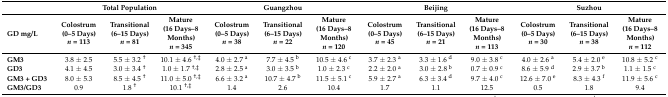
|  | <COLSPAN=3> Total Population | <COLSPAN=3> Guangzhou | <COLSPAN=3> Beijing | <COLSPAN=3> Suzhou |
 | GD mg/L | Colostrum (0–5 Days) n = 113 | Transitional (6–15 Days) n = 81 | Mature (16 Days–8 Months) n = 345 | Colostrum (0–5 Days) n = 38 | Transitional (6–15 Days) n = 22 | Mature (16 Days–8 Months) n = 120 | Colostrum (0–5 Days) n = 45 | Transitional (6–15 Days) n = 21 | Mature (16 Days–8 Months) n = 113 | Colostrum (0–5 Days) n = 30 | Transitional (6–15 Days) n = 38 | Mature (16 Days–8 Months) n = 112 |
 | --- | --- | --- | --- | --- | --- | --- | --- | --- | --- | --- | --- | --- |
 | GM3 | 3.8 ± 2.5 | 5.5 ± 3.2 † | 10.1 ± 4.6 †,‡ | 4.0 ± 2.7 a | 7.7 ± 4.5 b | 10.5 ± 4.6 c | 3.7 ± 2.3 a | 3.3 ± 1.6 d | 9.0 ± 3.8 c | 4.0 ± 2.6 a | 5.4 ± 2.0 e | 10.8 ± 5.2 c |
 | GD3 | 4.1 ± 4.5 | 3.0 ± 3.4 † | 1.0 ± 1.7 †,‡ | 2.8 ± 2.5 a | 3.0 ± 3.5 b | 1.0 ± 2.3 c | 2.2 ± 2.0 a | 3.0 ± 2.8 b | 0.7 ± 0.9 c | 8.6 ± 5.9 d | 2.9 ± 3.7 b | 1.1 ± 1.5 c |
 | GM3 + GD3 | 8.0 ± 5.3 | 8.5 ± 4.5 † | 11.0 ± 5.0 †,‡ | 6.6 ± 3.2 a | 10.7 ± 4.7 b | 11.5 ± 5.1 c | 5.9 ± 2.7 a | 6.3 ± 3.4 d | 9.7 ± 4.0 c | 12.6 ± 7.0 e | 8.3 ± 4.3 f | 11.9 ± 5.6 c |
 | GM3/GD3 | 0.9 | 1.8 † | 10.1 †,‡ | 1.4 | 2.6 | 10.4 | 1.7 | 1.1 | 12.5 | 0.5 | 1.8 | 9.4 |